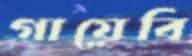
গায়েবি